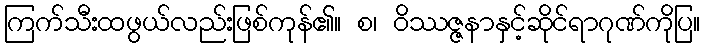
ကြက်သီးထဖွယ်လည်းဖြစ်ကုန်၏။ စ၊ ဝိဿဇ္ဇနာနှင့်ဆိုင်ရာဂုဏ်ကိုပြ။